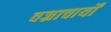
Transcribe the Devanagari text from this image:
वज्राचार्यों